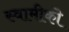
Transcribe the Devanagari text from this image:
स्वामीकॊ